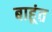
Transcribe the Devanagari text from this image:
बाहूंत